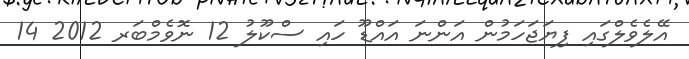
އޭލެވެލްގައި ފިޔަޖަހަމުން އަންނަ އައްޑޫ ހައި ސްކޫލު 12 ނޮވެމްބަރ 2012 14